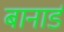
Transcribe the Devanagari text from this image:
बानार्ड